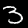
Label: 3